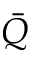
\bar { Q }